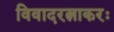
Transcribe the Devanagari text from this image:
विवादरत्नाकरः